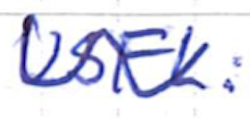
Text: USFL.
Cross-out: wave
Writing tool: ballpoint